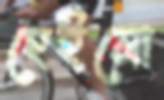
হেইনো